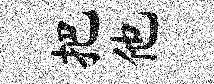
把他